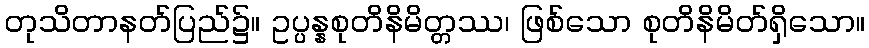
တုသိတာနတ်ပြည်၌။ ဥပ္ပန္နစုတိနိမိတ္တဿ၊ ဖြစ်သော စုတိနိမိတ်ရှိသော။